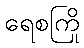
ရေစကြို